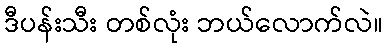
ဒီပန်းသီး တစ်လုံး ဘယ်လောက်လဲ။